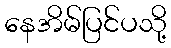
နေအိမ်ပြင်ပသို့